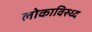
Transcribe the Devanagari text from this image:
लोकाविरुध्द